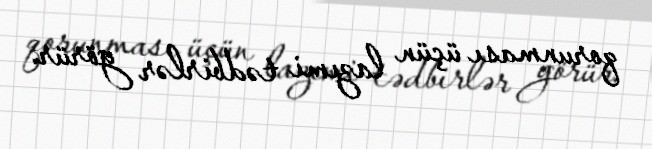
qorunması üçün lazımi tədbirlər görür.